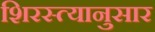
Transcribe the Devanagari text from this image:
शिरस्त्यानुसार